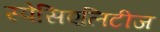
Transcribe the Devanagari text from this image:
स्पेसिएलिटीज